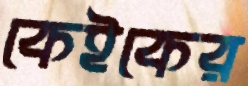
কেইকের